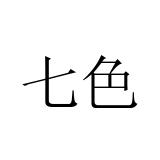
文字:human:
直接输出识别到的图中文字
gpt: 七色